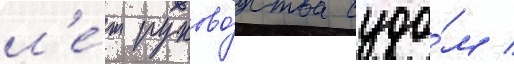
л'е́т руково́дства судо́м /